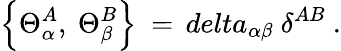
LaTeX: \left\{ \Theta_{\alpha}^{A},\ \Theta_{\beta}^{B}\right\} \ =\, delta_{\alpha\beta}\ \delta^{AB}\ .